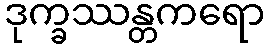
ဒုက္ခဿန္တကရော